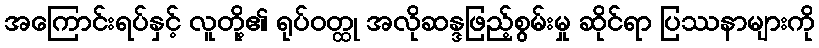
အကြောင်းရပ်နှင့် လူတို့၏ ရုပ်ဝတ္ထု အလိုဆန္ဒဖြည့်စွမ်းမှု ဆိုင်ရာ ပြဿနာများကို